Madras plague regulations and rules - Volume 1
Disease focus: Plague
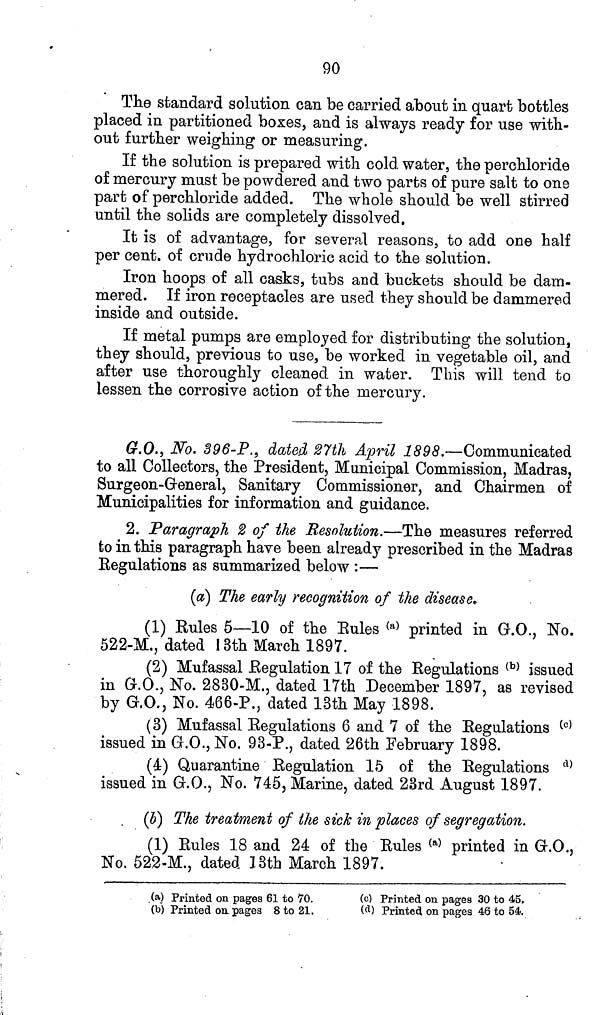
90
The standard solution can be carried about in quart bottles
placed in partitioned boxes, and is always ready for use with-
out further weighing or measuring.
If the solution is prepared with cold water, the perchloride
of mercury must be powdered and two parts of pure salt to one
part of perchloride added. The whole should be well stirred
until the solids are completely dissolved.
It is of advantage, for several reasons, to add one half
per cent. of crude hydrochloric acid to the solution.
Iron hoops of all casks, tubs and buckets should be dam-
mered. If iron receptacles are used they should be dammered
inside and outside.
If metal pumps are employed for distributing the solution,
they should, previous to use, be worked in vegetable oil, and
after use thoroughly cleaned in water. This will tend to
lessen the corrosive action of the mercury.
G.O., No. 396-P., dated 27th April 1898.—Communicated
to all Collectors, the President, Municipal Commission, Madras,
Surgeon-G-eneral, Sanitary Commissioner, and Chairmen of
Municipalities for information and guidance.
2. Paragraph 2 of the Resolution.—The measures referred
to in this paragraph have been already prescribed in the Madras
Regulations as summarized below :—
(a) The early recognition of the disease.
(1) Rules 5—10 of the Rules (a) printed in G.O., No.
522-M., dated 13th March 1897.
(2) Mufassal Regulation 17 of the Regulations (b) issued
in G.O., No. 2830-M., dated 17th December 1897, as revised
by G.O., No. 466-P., dated 13th May 1898.
(3) Mufassal Regulations 6 and 7 of the Regulations (c)
issued in G.O., No. 93-P., dated 26th February 1898.
(4) Quarantine Regulation 15 of the Regulations d)
issued in G.O., No. 745, Marine, dated 23rd August 1897.
(b) The treatment of the sick in places of segregation.
(1) Rules 18 and 24 of the Rules (a) printed in G.O.,
No. 522-M., dated 13th March 1897.
(a) Printed on pages 61 to 70.
(b) Printed on, pages 8 to 21.
(c) Printed on pages 30 to 45.
(d) Printed on pages 46 to 54.